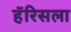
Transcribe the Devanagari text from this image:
हॅरिसला